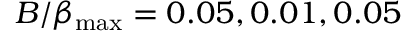
B / \beta _ { \mathrm { m a x } } = 0 . 0 5 , 0 . 0 1 , 0 . 0 5